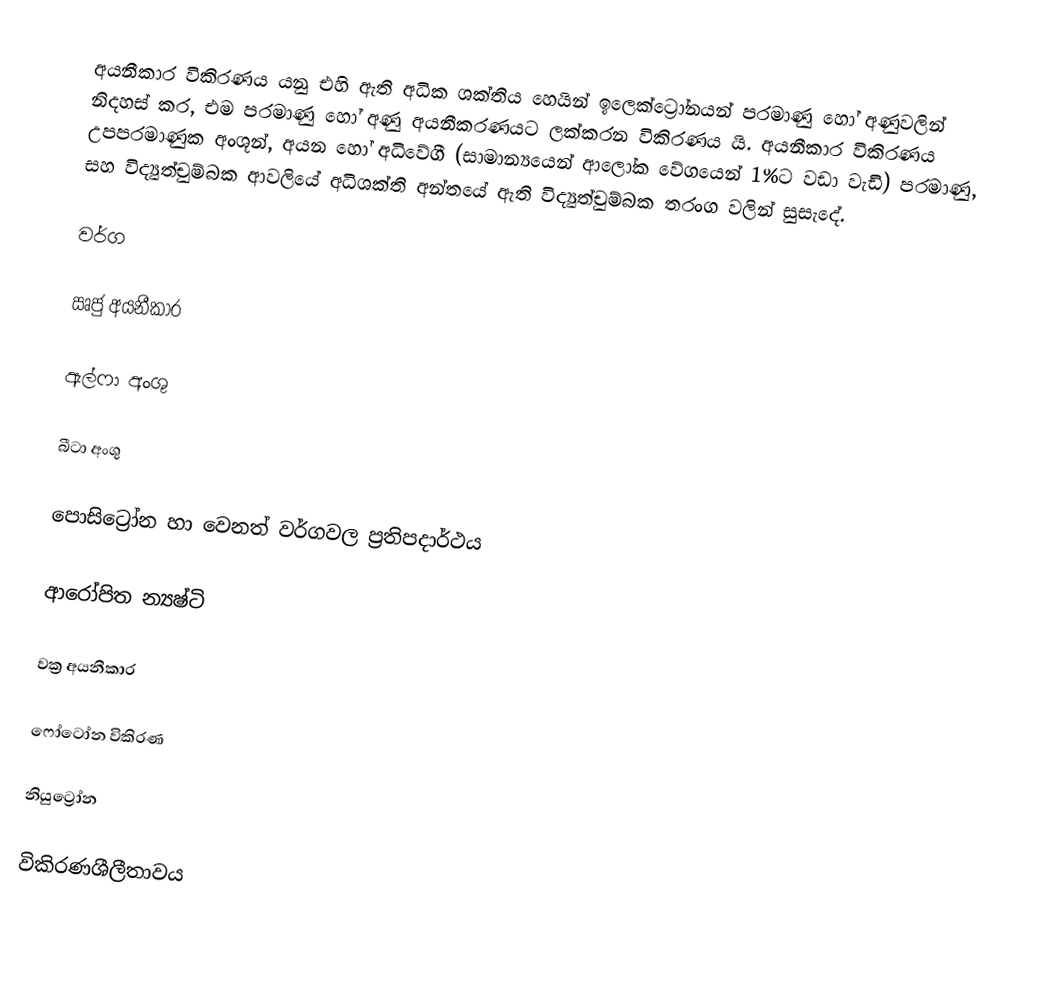
අයනීකාර විකිරණය යනු එහි ඇති අධික ශක්තිය හෙයින් ඉලෙක්ට්‍රෝනයන් පරමාණු හෝ අණුවලින් නිදහස් කර, එම පරමාණු හෝ අණු අයනීකරණයට ලක්කරන විකිරණය යි. අයනීකාර විකිරණය උපපරමාණුක අංශූන්, අයන හෝ අධිවේගී (සාමාන්‍යයෙන් ආලෝක වේගයෙන් 1%ට වඩා වැඩි) පරමාණු, සහ විද්‍යුත්චුම්බක ආවලියේ අධිශක්ති අන්තයේ ඇති විද්‍යුත්චුම්බක තරංග වලින් සුසැදේ.

වර්ග

ඍජු අයනීකාර

ඇල්ෆා අංශු

බීටා අංශු

පොසිට්‍රෝන හා වෙනත් වර්ගවල ප්‍රතිපදාර්ථය

ආරෝපිත න්‍යෂ්ටි

වක්‍ර අයනීකාර

ෆෝටෝන විකිරණ

නියුට්‍රෝන

විකිරණශීලීතාවය